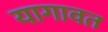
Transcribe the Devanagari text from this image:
यागावत